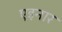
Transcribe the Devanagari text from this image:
एइनार